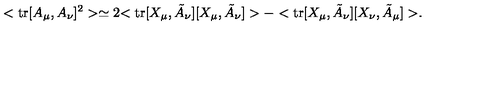
< \mathrm { t r } [ A _ { \mu } , A _ { \nu } ] ^ { 2 } > \simeq 2 { < \mathrm { t r } [ X _ { \mu } , \tilde { A } _ { \nu } ] [ X _ { \mu } , \tilde { A } _ { \nu } ] > - < \mathrm { t r } [ X _ { \mu } , \tilde { A } _ { \nu } ] [ X _ { \nu } , \tilde { A } _ { \mu } ] > } .